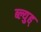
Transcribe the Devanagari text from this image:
ब्ल्युह्